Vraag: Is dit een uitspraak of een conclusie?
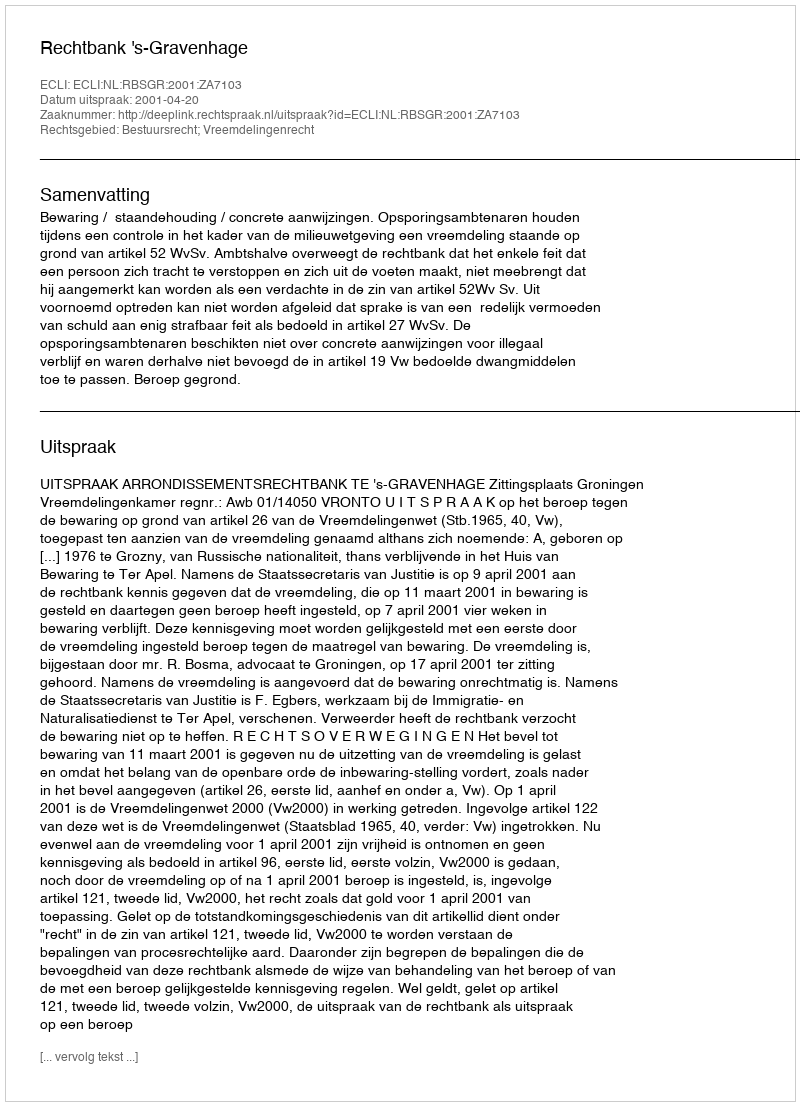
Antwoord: Uitspraak